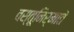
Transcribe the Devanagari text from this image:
वस्तूनिर्माते